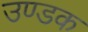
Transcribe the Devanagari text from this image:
उण्डक